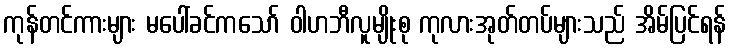
ကုန်တင်ကားများ မပေါ်ခင်ကသော် ဝါဟဘီလူမျိုးစု ကုလားအုတ်တပ်များသည် အိမ်ပြင်ရန်